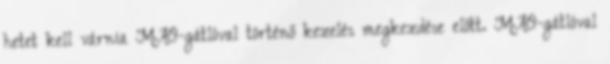
hetet kell várnia MAO-gátlóval történő kezelés megkezdése előtt. MAO-gátlóval